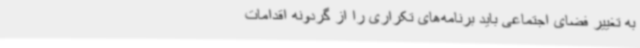
به تغییر فضای اجتماعی باید برنامه‌های تکراری را از گردونه اقدامات